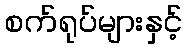
စက်ရုပ်များနှင့်